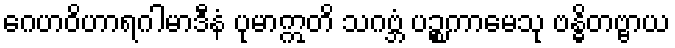
ဂေဟဝိဟာရဂါမာဒီနံ ပုမာဣတိ သဂဗ္ဘံ ပဉ္စကာမေသု ဗန္ဓိတဗ္ဗာယ